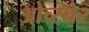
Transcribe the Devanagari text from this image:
ओच्स्नेर